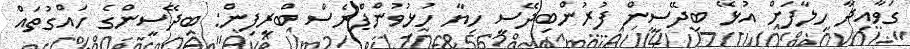
ގަވާއިދާ ހިލާފަށް އުޅޭ ބިދޭސީން ފުރުންބިދޭސީ ހިޔާ ހުޅުވުންޕްރެސް ބްރީފިން: ބިދޭސީންގެ ހައްގުތައް